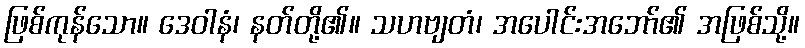
ဖြစ်ကုန်သော။ ဒေဝါနံ၊ နတ်တို့၏။ သဟဗျတံ၊ အပေါင်းအဘော်၏ အဖြစ်သို့။